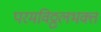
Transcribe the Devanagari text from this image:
परमविठ्ठलभक्त